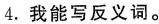
4. 我能写反义词。